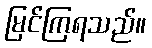
မြင်ကြရသည်။